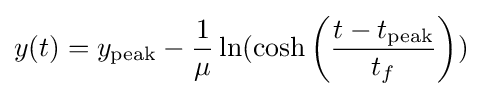
y(t)=y_{\mathrm {peak} }-{\frac {1}{\mu }}\ln(\cosh {\biggl (}{\frac {t-t_{\mathrm {peak} }}{t_{f}}}{\biggr )})